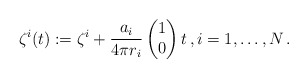
\begin{align*}\zeta^i(t) := \zeta^i + \frac{a_i}{4\pi r_i} \begin{pmatrix} 1 \\ 0 \end{pmatrix} t \,, i=1,\ldots,N\,.\end{align*}